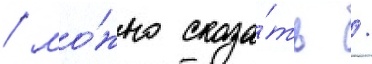
/ мо́жно сказа́ть /